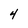
Character: 4